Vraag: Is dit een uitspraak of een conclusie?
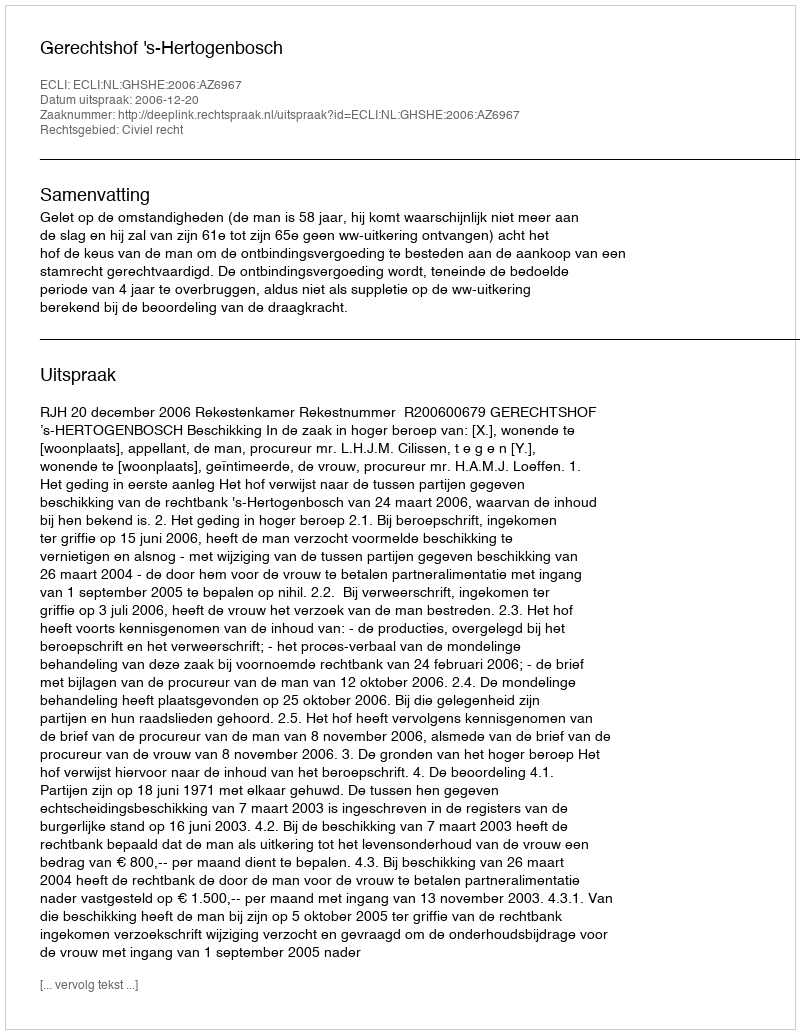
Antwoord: Uitspraak